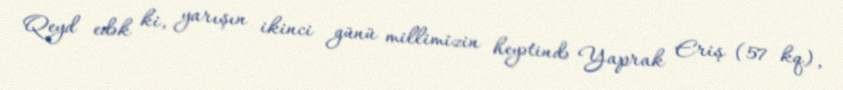
Qeyd edək ki, yarışın ikinci günü millimizin heyətində Yaprak Eriş (57 kq),